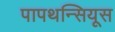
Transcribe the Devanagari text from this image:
पापथन्सियूस